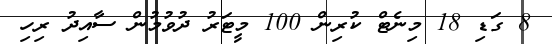
8 ގަޑި 18 މިނެޓް ކުރިން 100 މީޓަރު ދުވުމުން ސާއިދު ރިހި